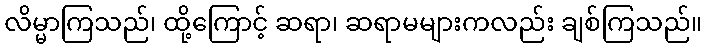
လိမ္မာကြသည်၊ ထို့ကြောင့် ဆရာ၊ ဆရာမများကလည်း ချစ်ကြသည်။